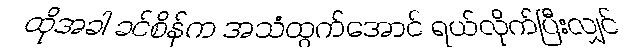
ထိုအခါ ခင်စိန်က အသံထွက်အောင် ရယ်လိုက်ပြီးလျှင်